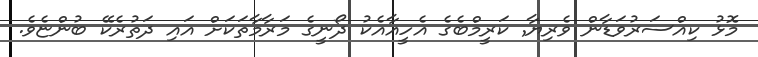
މޮޅު ކިއްސަރުވަޑާން ވެރިޔާ